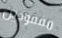
مفقودين